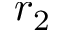
r _ { 2 }